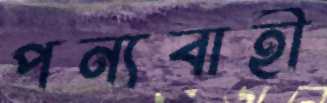
পন্যবাহী